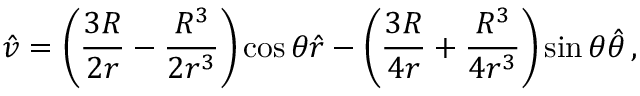
\hat { v } = \left( \frac { 3 R } { 2 r } - \frac { R ^ { 3 } } { 2 r ^ { 3 } } \right) \cos { \theta } \hat { r } - \left( \frac { 3 R } { 4 r } + \frac { R ^ { 3 } } { 4 r ^ { 3 } } \right) \sin { \theta } \hat { \theta } \, ,